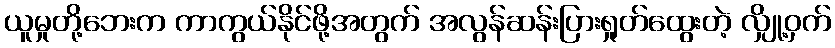
ယူမှုတို့ဘေးက ကာကွယ်နိုင်ဖို့အတွက် အလွန်ဆန်းပြားရှုတ်ထွေးတဲ့ လျှို့ဝှက်